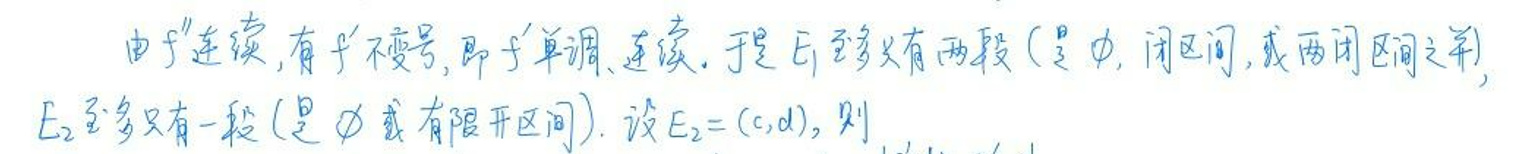
由于\(f\)连续，有\(f'\)不变号，即\(f\)单调、连续。于是\(f\)至多有两段（\(\varnothing\)，闭区间，或两闭区间之并），

\(E_2\)至多只有一段（\(\varnothing\)或有限开区间）。设\(E_2=(c,d)\)，则\(\cdots\)